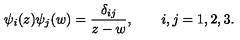
\psi _ { i } ( z ) \psi _ { j } ( w ) = \frac { \delta _ { i j } } { z - w } , \qquad i , j = 1 , 2 , 3 .